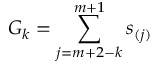
G _ { k } = \sum _ { j = m + 2 - k } ^ { m + 1 } s _ { ( j ) }